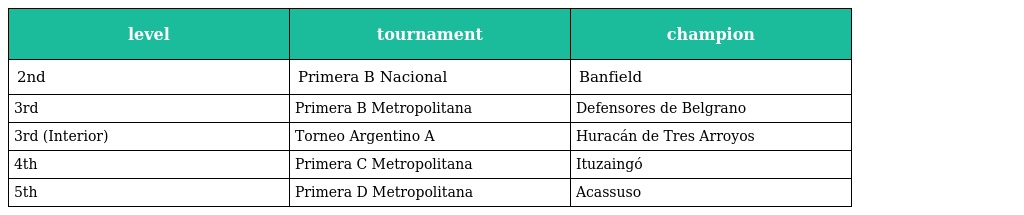
| level | tournament | champion |
 | --- | --- | --- |
 | 2nd | Primera B Nacional | Banfield |
 | 3rd | Primera B Metropolitana | Defensores de Belgrano |
 | 3rd (Interior) | Torneo Argentino A | Huracán de Tres Arroyos |
 | 4th | Primera C Metropolitana | Ituzaingó |
 | 5th | Primera D Metropolitana | Acassuso |